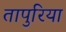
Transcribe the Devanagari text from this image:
तापुरिया